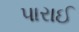
પારાઈ